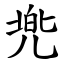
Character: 兠